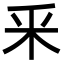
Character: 釆